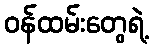
ဝန်ထမ်းတွေရဲ့